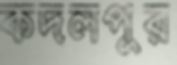
কদলপুর